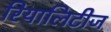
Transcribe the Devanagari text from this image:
रियालिटीज